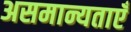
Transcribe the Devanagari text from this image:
असमान्यताएँ